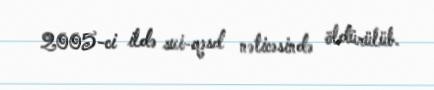
2005-ci ildə sui-qəsd nəticəsində öldürülüb.